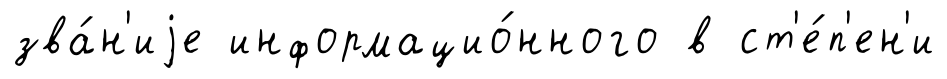
зва́н'иjе информацио́нного в ст'е́п'ен'и